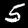
Label: 5